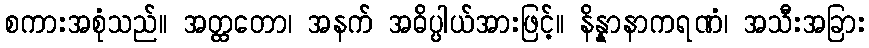
စကားအစုံသည်။ အတ္ထတော၊ အနက် အဓိပ္ပါယ်အားဖြင့်။ နိန္နာနာကရဏံ၊ အသီးအခြား